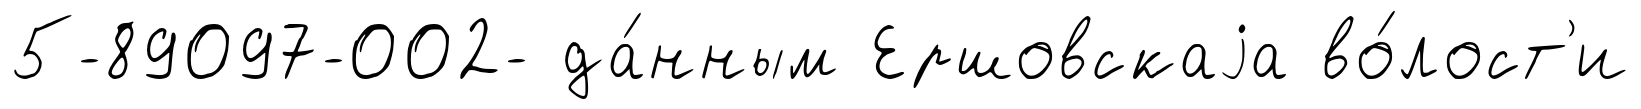
5-89097-002- да́нным Ершовскаjа во́лост'и